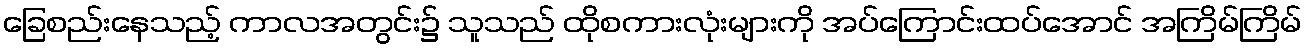
ခြေစည်းနေသည့် ကာလအတွင်း၌ သူသည် ထိုစကားလုံးများကို အပ်ကြောင်းထပ်အောင် အကြိမ်ကြိမ်